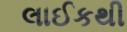
લાઈકથી